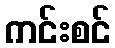
ကင်းစင်